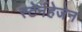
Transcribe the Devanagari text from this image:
स्टेर्नहेजेन